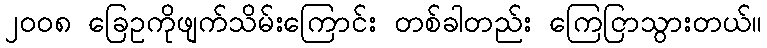
၂၀၀၈ ခြေဥကိုဖျက်သိမ်းကြောင်း တစ်ခါတည်း ကြေငြာသွားတယ်။